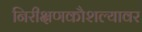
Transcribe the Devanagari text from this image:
निरीक्षणकौशल्यावर